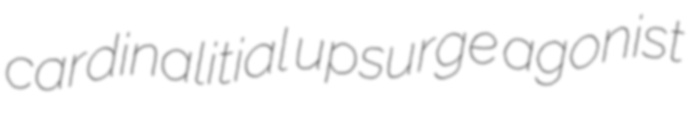
cardinalitial upsurge agonist